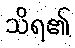
သိရ၏